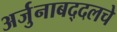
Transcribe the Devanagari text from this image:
अर्जुनाबद्दलचे